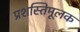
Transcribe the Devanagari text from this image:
प्रशस्तिमूलक